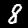
Digit: 8